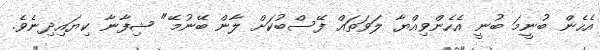
އެހެން ބުނީމަ ބުނީ އެހެންވިއްޔާ ލަވަތައް ފޭސްބުކަށް ލާން ބޭނުމޭ" ޝިފާނާ ކިޔައިދިނެވެ.